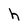
Character: h